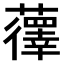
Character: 𫊏